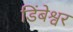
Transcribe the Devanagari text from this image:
डिंबेश्वर